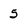
Character: 5